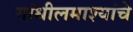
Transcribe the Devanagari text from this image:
गांधीलमाश्यांचे